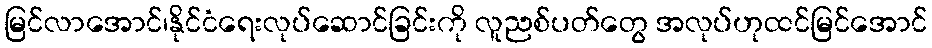
မြင်လာအောင်၊နိုင်ငံရေးလုပ်ဆောင်ခြင်းကို လူညစ်ပတ်တွေ အလုပ်ဟုထင်မြင်အောင်